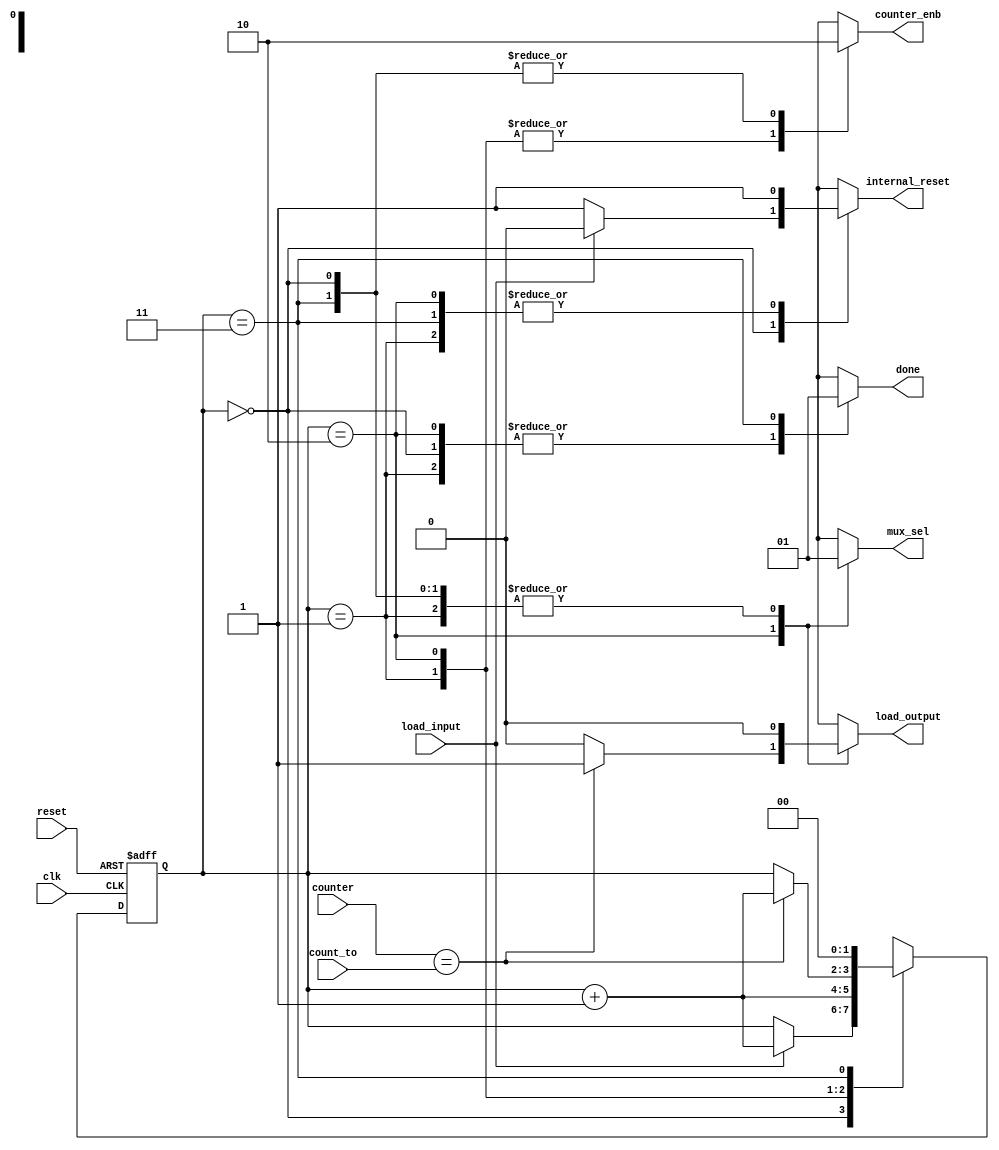
module controlUnit(
	// input control signals
	input clk, reset, load_input,
	// feedback from data path
	input [4:0] counter, count_to,
	// output control signals
	output reg internal_reset, mux_sel, load_output, counter_enb, done);
	
	
	reg[1:0] state;
	reg[1:0] nextState;
	
	
	// Initialize the code with state = 0
	initial begin
		state <= 0;
	end
	
	always @(posedge clk or negedge reset) begin
		
		if(~reset) begin									// Reset
			state <= 0;
		end
		
		else begin											// Clock edge
			state <= nextState;
		end
	end
		
	always @(*) begin
		mux_sel = 1; 										// default start value (0 and 1)
		internal_reset = 1;								// resets the counter AND (current and previous) registers
		load_output = 0;
		counter_enb = 0; 
		done = 0;
		
		
		case (state)
		
			// State 0: idle, only wait for (go) signal to load the input
			0: begin
				// if go is recieved, load the input register and go to state 1
				if (load_input) begin
					internal_reset = 0; 					// Reseet any previous values in the counter and regs before proceeding to next state.
					nextState = state + 1;
				end
				else 
					nextState = state;
			end
			
			// State 1: start counting and summing
			1: begin
				mux_sel = 1;								// choose starting values of the sequence (0, 1)
				internal_reset = 1;						// counter and regs un-reset
				counter_enb = 1;							// start counting
				nextState = state + 1;
			end
			
			// State 2: keep counting until the counter reaches its value
			2: begin
				mux_sel = 0;								// pass previous and current value of the sequence to the adder
				counter_enb = 1;
				if(counter == count_to) begin			// if countr arrive at its value, enable the load signal of output register
					load_output = 1;
					nextState = state + 1; 
				end
				else
					nextState = state;
			end
			
			// State 3: make (done) signal high, then sends the controller back to state 0.
			3: begin
				done = 1;				
				nextState = 0;
			end
		endcase

	end

endmodule